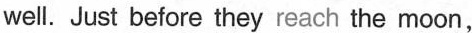
well. Just before they reach the moon,